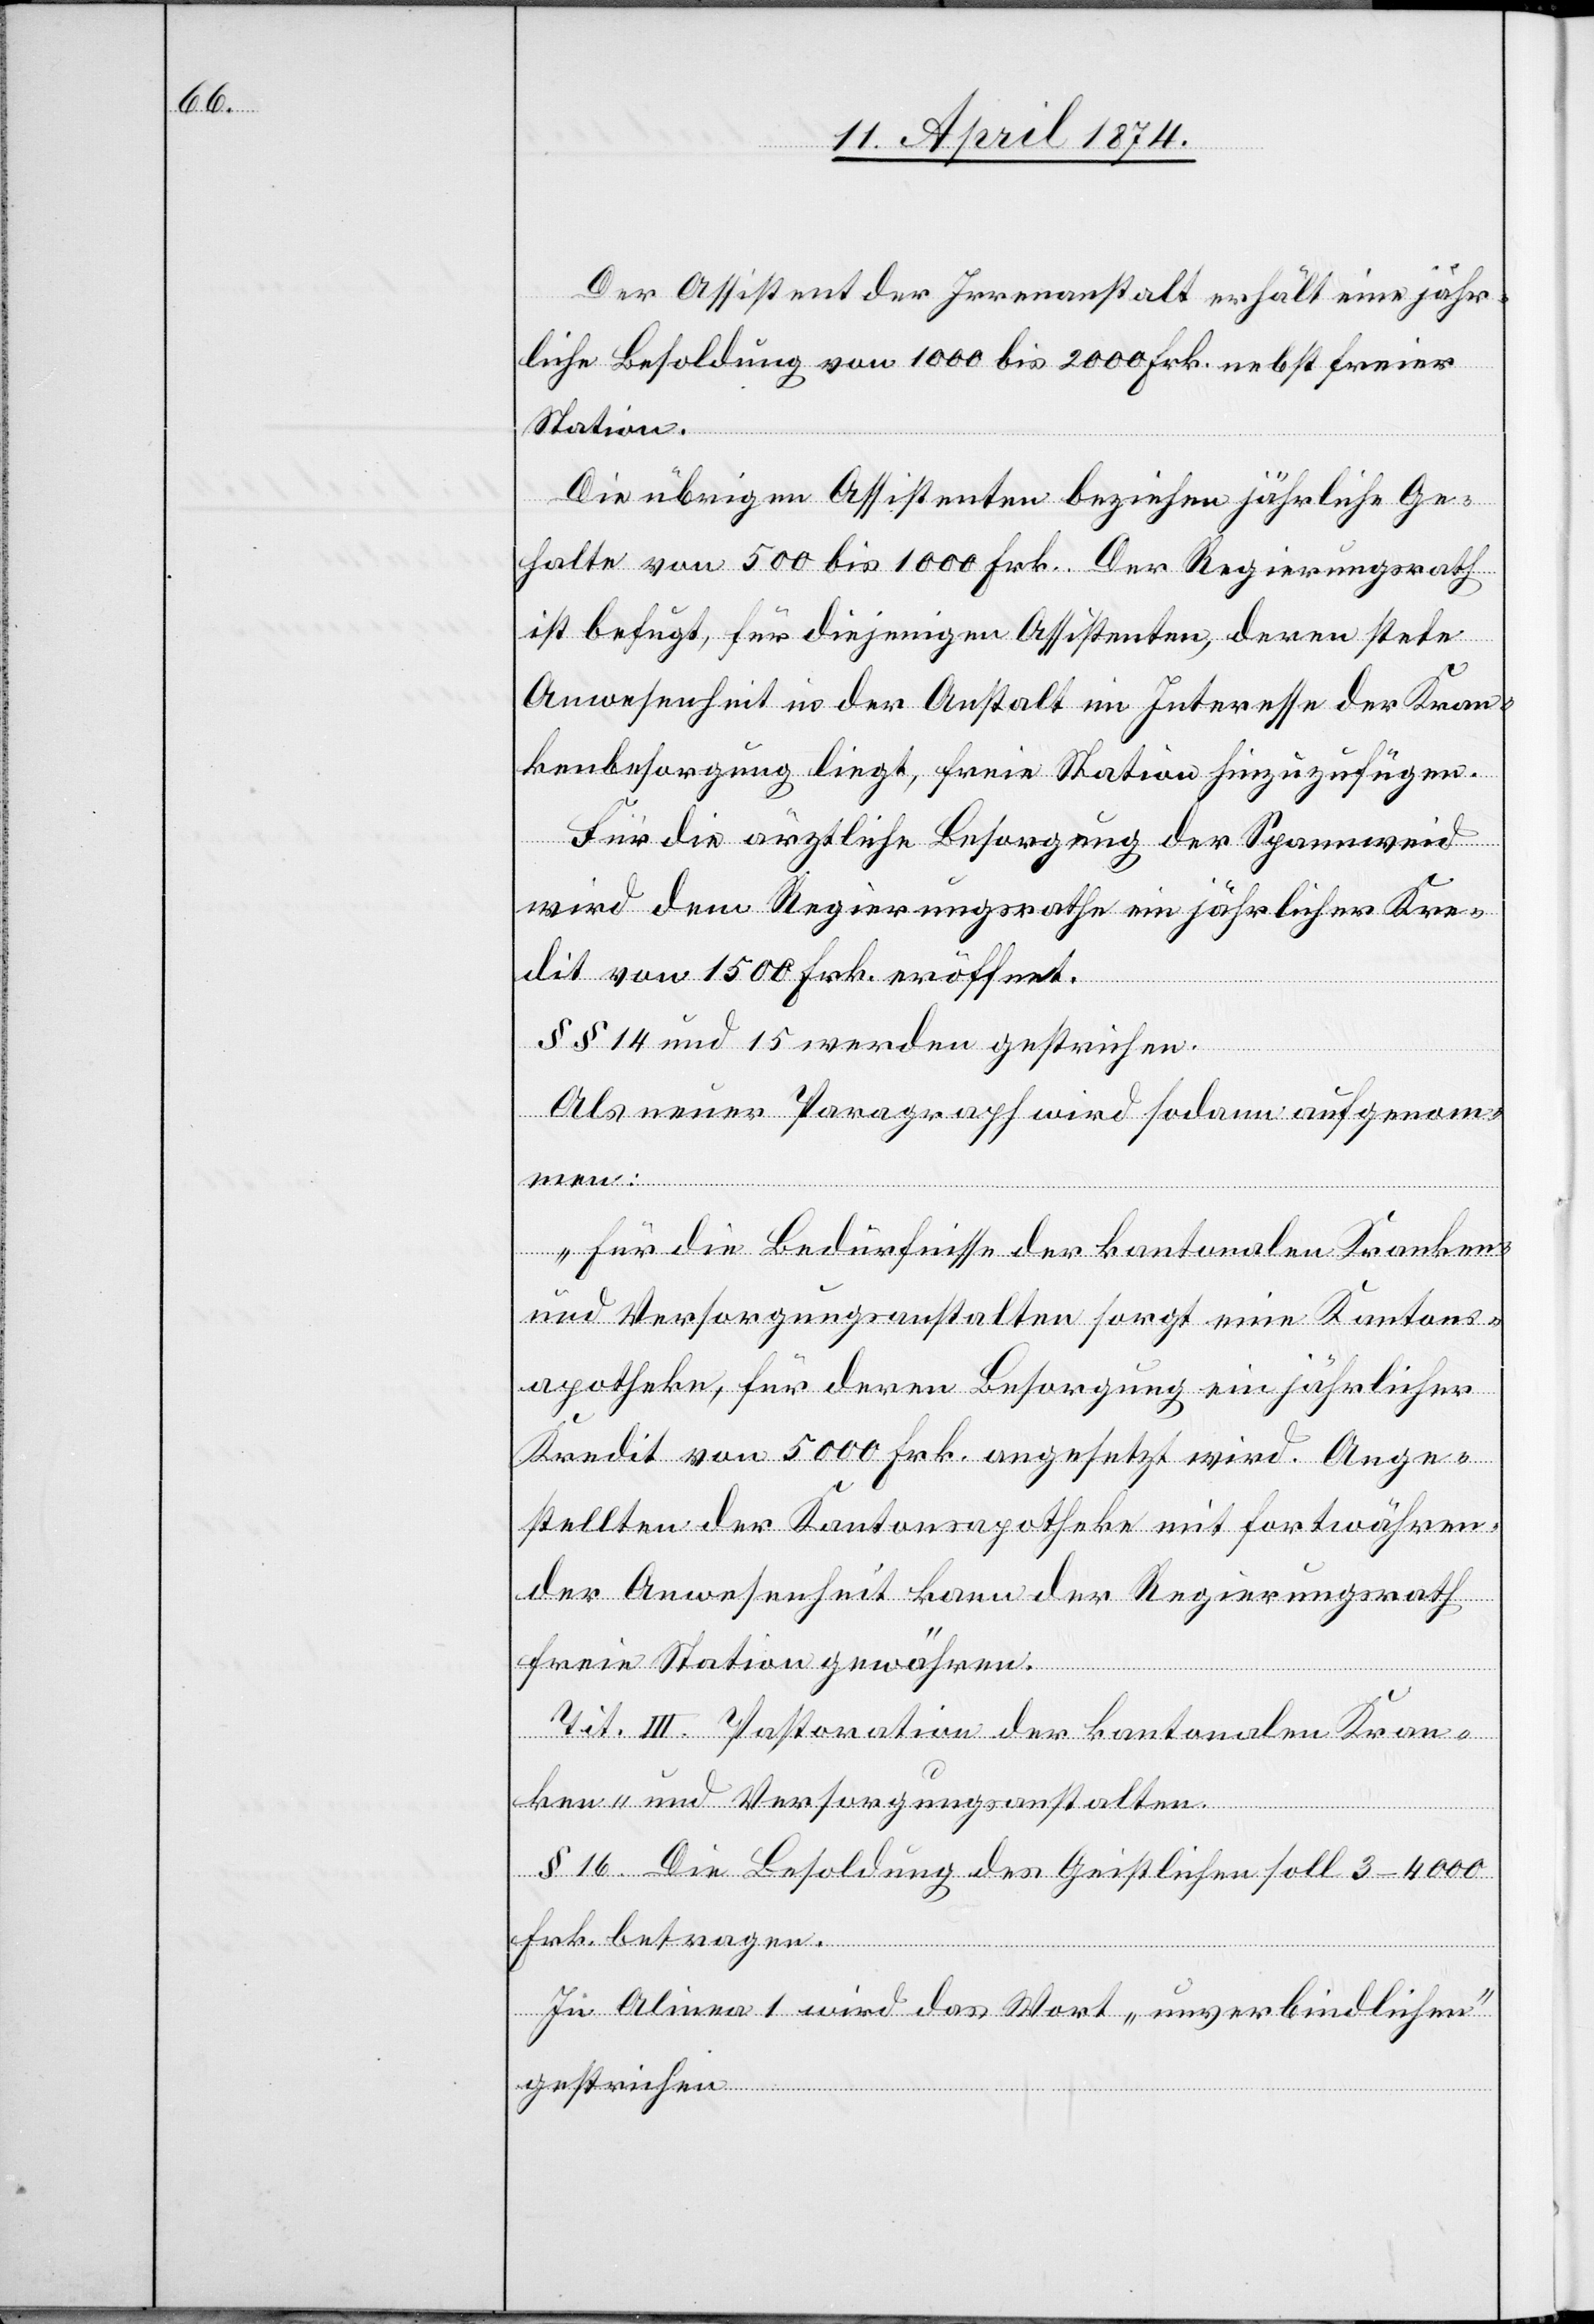
Der Assistent der Irrenanstalt erhält eine jähr¬
liche Besoldung von 1000 bis 2000 Frk. nebst freier
Station.
Die übrigen Assistenten beziehen jährlich Ge¬
halte von 500 bis 1000 Frk. Der Regierungsrath
ist befugt, für diejenigen Assistenten, deren stete
Anwesenheit in der Anstalt im Interesse der Kran¬
kenbesorgung liegt, freie Station hinzufügen.
Für die ärztliche Besorgung der Spannweid
wird dem Regierungsrathe ein jährlicher Kre¬
dit von 1500 Frk. eröffnet.
§§ 14 und 15 werden gestrichen.
Als neuer Paragraph wird sodann aufgenom¬
men:
„Für die Bedürfnisse der kantonalen Kranken
und Versorgungsanstalten sorgt eine Kantons¬
apotheke, für deren Besorgung ein jährlicher
Kredit von 5000 Frk. angesetzt wird. Ange¬
stellten der Kantonsapotheke mit fortwähren¬
der Anwesenheit kann der Regierungsrath
freie Station gewähren.
Tit. III. Pastoration der kantonalen Kran¬
ken- und Versorgungsanstalten.
§ 16. Die Besoldung des Geistlichen soll 3–4000
Frk. betragen.
In Alinea 1 wird das Wort „unverbindlichen“
gestrichen.